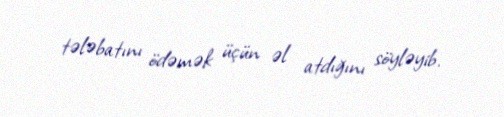
tələbatını ödəmək üçün əl atdığını söyləyib.